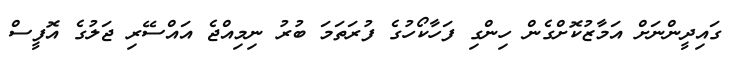
ގައިދީންނަށް އަމާޒުކޮށްގެން ހިންގި ފަހާކޯހުގެ ފުރަތަމަ ބުރު ނިމިއްޖެ އައްސޭރި ޖަލުގެ އޮފީސް